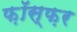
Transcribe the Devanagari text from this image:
फ़ॉस्फ़र